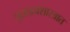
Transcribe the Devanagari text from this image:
पुरातत्वशास्त्रात